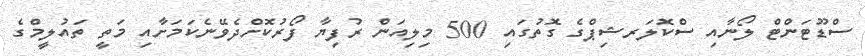
ސްޑޫޓަންޓް ލޯނާއި ސްކޮލަރޝިޕްގެ ގޮތުގައި 500 މިލިއަން ރުފިޔާ ފޯރުކޮށްދެވޭނެކަމަށާއި މަތީ ތައުލީމްގެ